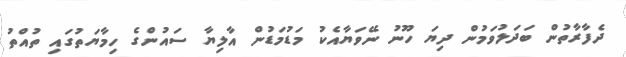
ދެފާރާތުން ބަދަލުވަމުން ދިޔަ ހޫނު ނޭވަޔާއެކު މަޑުމަޑުން އާލިޔާ ސައުންގެ ހިމާޔަތުގައި ތުއްތު